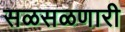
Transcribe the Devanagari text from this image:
सळसळणारी